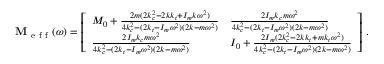
\mathbf { M } _ { \mathrm { ~ e ~ f ~ f ~ } } ( \omega ) = \left[ \begin{array} { l l } { M _ { 0 } + \frac { 2 m ( 2 k _ { c } ^ { 2 } - 2 k k _ { t } + I _ { m } k \omega ^ { 2 } ) } { 4 k _ { c } ^ { 2 } - ( 2 k _ { t } - I _ { m } \omega ^ { 2 } ) ( 2 k - m \omega ^ { 2 } ) } } & { \frac { 2 I _ { m } k _ { c } m \omega ^ { 2 } } { 4 k _ { c } ^ { 2 } - ( 2 k _ { t } - I _ { m } \omega ^ { 2 } ) ( 2 k - m \omega ^ { 2 } ) } } \\ { \frac { 2 I _ { m } k _ { c } m \omega ^ { 2 } } { 4 k _ { c } ^ { 2 } - ( 2 k _ { t } - I _ { m } \omega ^ { 2 } ) ( 2 k - m \omega ^ { 2 } ) } } & { I _ { 0 } + \frac { 2 I _ { m } ( 2 k _ { c } ^ { 2 } - 2 k k _ { t } + m k _ { t } \omega ^ { 2 } ) } { 4 k _ { c } ^ { 2 } - ( 2 k _ { t } - I _ { m } \omega ^ { 2 } ) ( 2 k - m \omega ^ { 2 } ) } } \end{array} \right] \, .